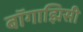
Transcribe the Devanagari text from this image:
बॉगाझिसी